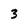
Character: 3